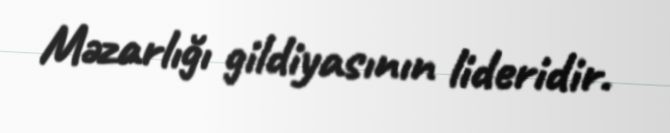
Məzarlığı gildiyasının lideridir.